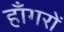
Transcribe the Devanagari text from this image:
हाँगरों